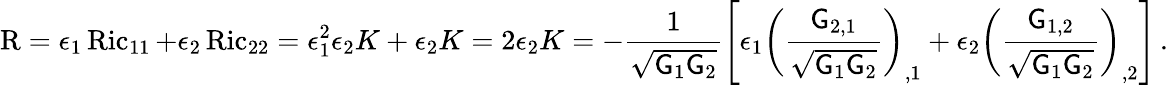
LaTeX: \operatorname{R}=\epsilon_{1}\operatorname{Ric}_{11}+\epsilon_{2}\operatorname{Ric}_{22}=\epsilon_{1}^{2}\epsilon_{2}K+\epsilon_{2}K=2\epsilon_{2}K=-\frac{1}{\sqrt{\mathsf{G}_{1}\mathsf{G}_{2}}}\left[\epsilon_{1}\left(\frac{\mathsf{G}_{2,1}}{\sqrt{\mathsf{G}_{1}\mathsf{G}_{2}}}\right)_{,1}+\epsilon_{2}\left(\frac{\mathsf{G}_{1,2}}{\sqrt{\mathsf{G}_{1}\mathsf{G}_{2}}}\right)_{,2}\right]\, .